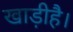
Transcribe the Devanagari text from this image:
खाड़ीहै।